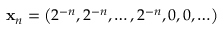
\mathbf { x } _ { n } = \left( 2 ^ { - n } , 2 ^ { - n } , \ldots , 2 ^ { - n } , 0 , 0 , \ldots \right)